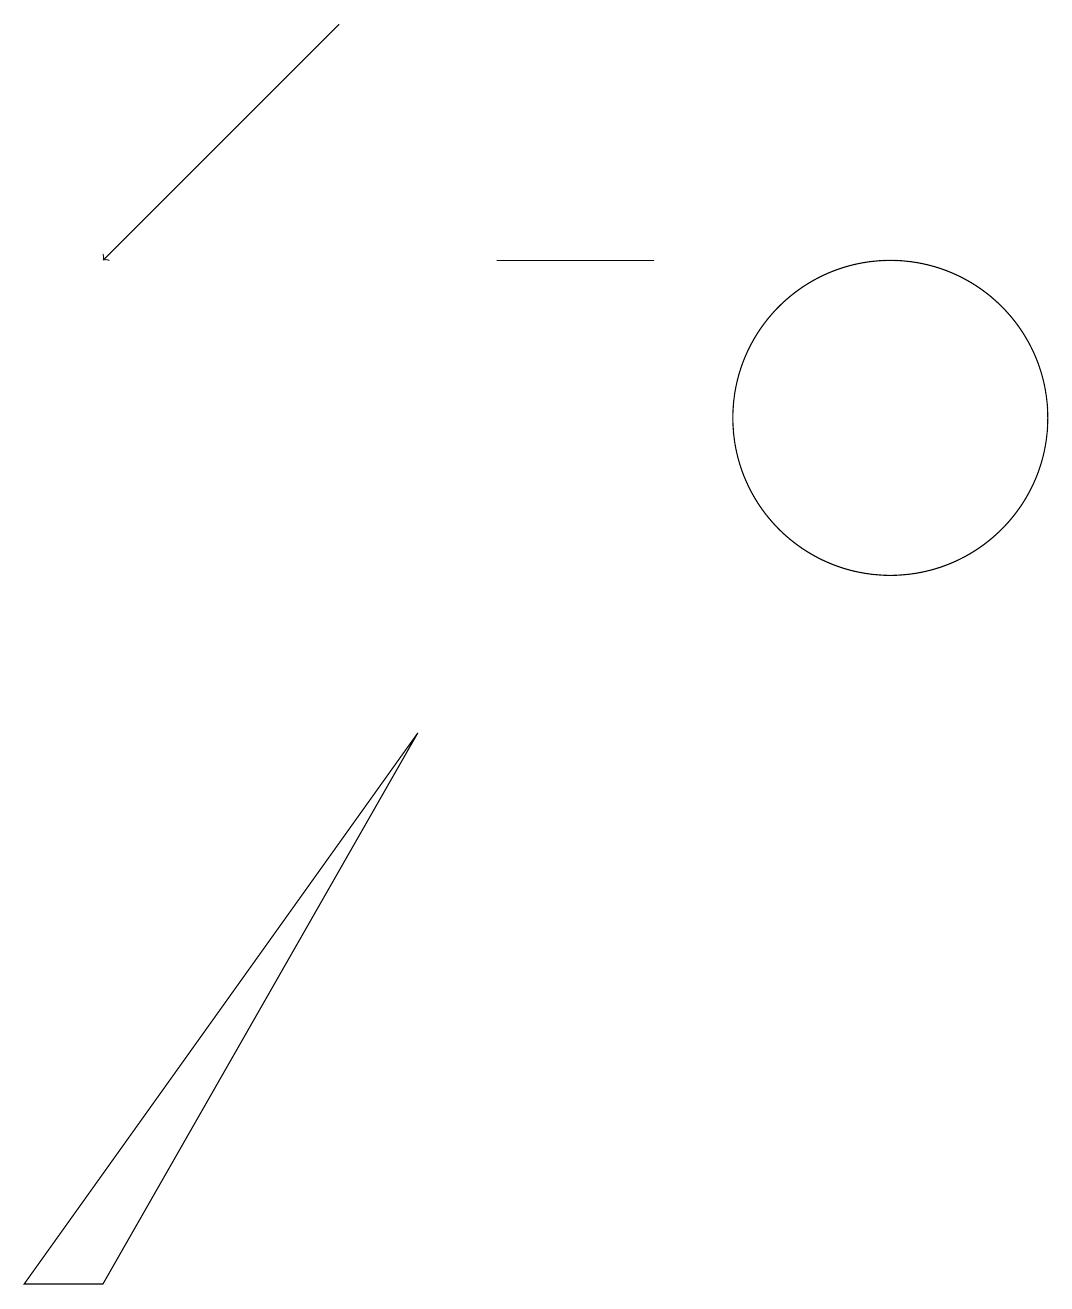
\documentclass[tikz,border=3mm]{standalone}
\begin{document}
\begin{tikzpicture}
\draw (12,11) circle (2);
\draw (9,13) rectangle (7,13);
\draw[->] (5,16) -- (2,13);
\draw (6,7) -- (2,0) -- (1,0) -- cycle;
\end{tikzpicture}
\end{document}